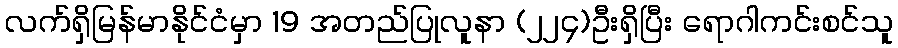
လက်ရှိမြန်မာနိုင်ငံမှာ 19 အတည်ပြုလူနာ (၂၂၄)ဦးရှိပြီး ရောဂါကင်းစင်သူ